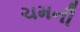
ચમની